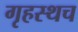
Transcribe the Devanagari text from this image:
गृहस्थच